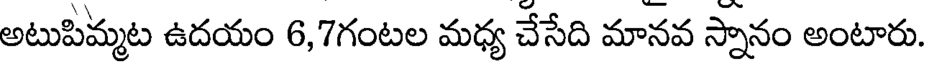
అటుపిమ్మట ఉదయం 6,7గంటల మధ్య చేసేది మానవ స్నానం అంటారు.